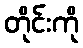
တိုင်းကို